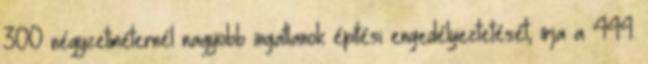
300 négyzetméternél nagyobb ingatlanok építési engedélyeztetését, írja a 444.